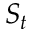
S _ { t }